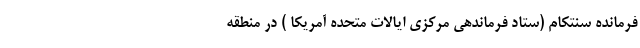
فرمانده سنتکام (ستاد فرماندهی مرکزی ایالات متحده آمریکا ) در منطقه